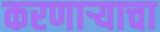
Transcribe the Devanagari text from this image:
करणाऱ्याचा